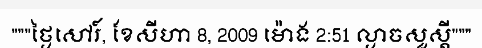
"""ថ្ងៃសៅរ៍, ខែសីហា 8, 2009 ម៉ោង 2:51 ល្ងាចសួស្តី"""